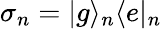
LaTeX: \sigma_{n}=|g\rangle_{n}\langle e|_{n}